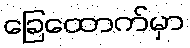
ခြေထောက်မှာ